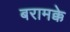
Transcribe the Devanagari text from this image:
बरामक्के